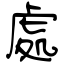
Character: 處